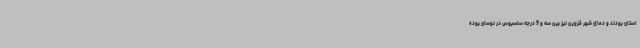
استان بودند و دمای شهر قزوین نیز بین سه و 9 درجه سلسیوس در نوسان بوده